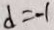
d = - 1